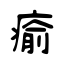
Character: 瘉